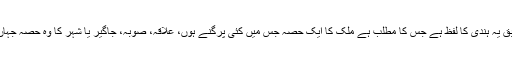
لغت کے مطابق یہ ہندی کا لفظ ہے جس کا مطلب ہے ملک کا ایک حصہ جس میں کئی پرگنے ہوں، علاقہ، صوبہ، جاگیر یا شہر کا وہ حصہ جہاں کسبیاں رہیں۔